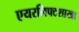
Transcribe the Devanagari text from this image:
एयरलिफ्टशाखा